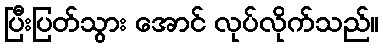
ပြီးပြတ်သွား အောင် လုပ်လိုက်သည်။